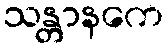
သန္တာနကေ